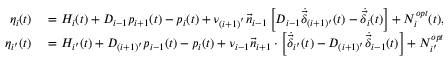
\begin{array} { r l } { { \eta _ { i } } ( t ) } & { { } = { H _ { i } } ( t ) + { { D } _ { i - 1 } } { p _ { i + 1 } } ( t ) - { p _ { i } } ( t ) + \nu _ { ( i + 1 ) ^ { ' } } { { \vec { n } } _ { i - 1 } } \left[ { { { D } _ { i - 1 } } { { \dot { \vec { \delta } } } _ { ( i + 1 ) ^ { \prime } } } ( t ) - { { \dot { \vec { \delta } } } _ { i } } ( t ) } \right] + N _ { i } ^ { { o p t } } ( t ) , } \\ { { \eta _ { i ^ { \prime } } } ( t ) } & { { } = { H _ { i ^ { \prime } } } ( t ) + { { D } _ { ( i + 1 ) ^ { \prime } } } { p _ { i - 1 } } ( t ) - { p _ { i } } ( t ) + \nu _ { i - 1 } { { \vec { n } } _ { i + 1 } } \cdot \left[ { { { \dot { \vec { \delta } } } _ { i ^ { \prime } } } ( t ) - { { D } _ { ( i + 1 ) ^ { \prime } } } { { \dot { \vec { \delta } } } _ { i - 1 } } ( t ) } \right] + N _ { i ^ { \prime } } ^ { { o p t } } ( t ) , } \end{array}